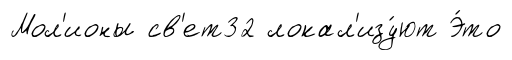
Мол'ионы св'ет32 локал'изу́ют Э́то